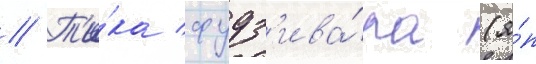
// Т'и́ка фудз'ива́ра (я́п